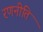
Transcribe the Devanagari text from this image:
रणनीति